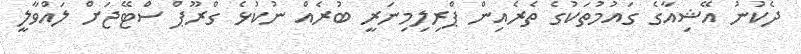
ދެކުނު އޭޝިއާގެ ގައުމުތަކުގެ ތެރެއިން ޕްރިލިމިނަރީ ބުރެއް ނުކުޅެ ގްރޫޕް ސްޓޭޖަށް ލައްވާލީ